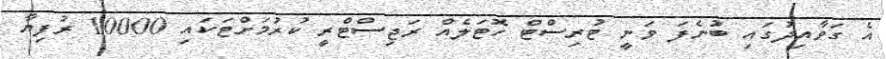
އެ ގަވާއިދުގައި ބުނެފަ ވަނީ ޓުރިސްޓް ހޮޓަލެއް ރަޖިސްޓްރީ ކުރުމަށްޓަކައި 10000 ރުފިޔާ